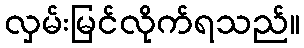
လှမ်းမြင်လိုက်ရသည်။